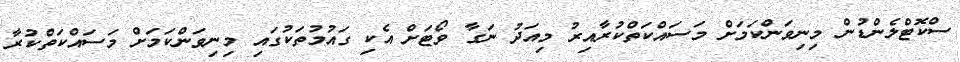
ސްކޮޓްލެންޑުން މިނިވަންކަމަށް މަސައްކަތްކުރާއިރު މިއަދު ނަގާ ވޯޓަށް އެކި ގައުމުތަކުގައި މިނިވަންކަމަށް މަސައްކަތްކުރާ